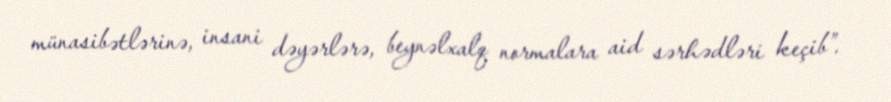
münasibətlərinə, insani dəyərlərə, beynəlxalq normalara aid sərhədləri keçib”.